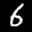
Label: 6